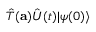
{ \hat { T } } ( \mathbf { a } ) { \hat { U } } ( t ) | \psi ( 0 ) \rangle